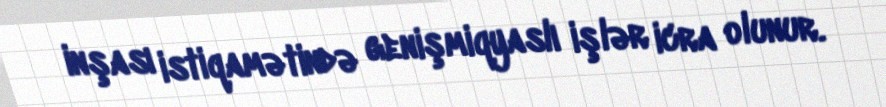
inşası istiqamətində genişmiqyaslı işlər icra olunur.